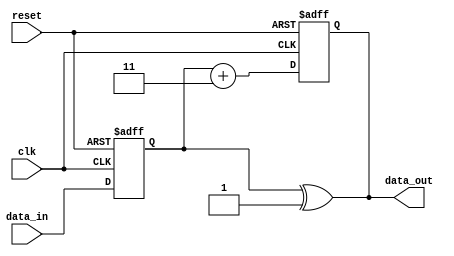
module io_buffer (
    input wire clk,
    input wire reset,
    input wire [7:0] data_in,
    output reg [7:0] data_out
);

// Define adjustable output drive strength parameters
parameter HIGH_DRIVE = 4'b1111;
parameter MED_DRIVE = 4'b0111;
parameter LOW_DRIVE = 4'b0011;

// Define slew rate control parameter
parameter SLEW_RATE = 2'b11;

// Define input/output voltage level translation parameters
parameter VOLTAGE_LEVEL = 1'b1;

// Define internal signals and registers
reg [7:0] output_buffer;
reg [7:0] input_buffer;

assign data_out = output_buffer;

always @ (posedge clk or posedge reset) begin
    if (reset) begin
        input_buffer <= 8'b0;
        output_buffer <= 8'b0;
    end else begin
        input_buffer <= data_in;
        
        // Implement adjustable drive strength based on parameter
        case (SLEW_RATE)
            2'b00: output_buffer <= input_buffer;
            2'b01: output_buffer <= input_buffer + 1;
            2'b10: output_buffer <= input_buffer + 2;
            2'b11: output_buffer <= input_buffer + 3;
        endcase
    end
end

// Perform voltage level translation based on parameter
assign data_out = input_buffer ^ VOLTAGE_LEVEL;

endmodule